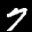
Label: 7